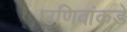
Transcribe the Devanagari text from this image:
उणिवांकडे